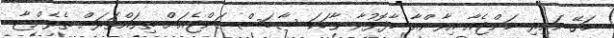
މަގޭ ކައިރި މަންޖެއާ އިވާންއާ މާފޮޅުވާ ވާހަކަ ސާބަސް މަންޖެއަށް ތިވައްތަރަށް ތެޅެންޏާ